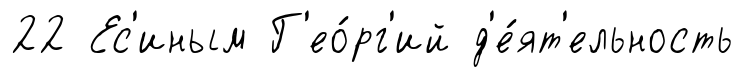
22 Ес'иным Г'ео́рг'ий д'е́ят'ельность